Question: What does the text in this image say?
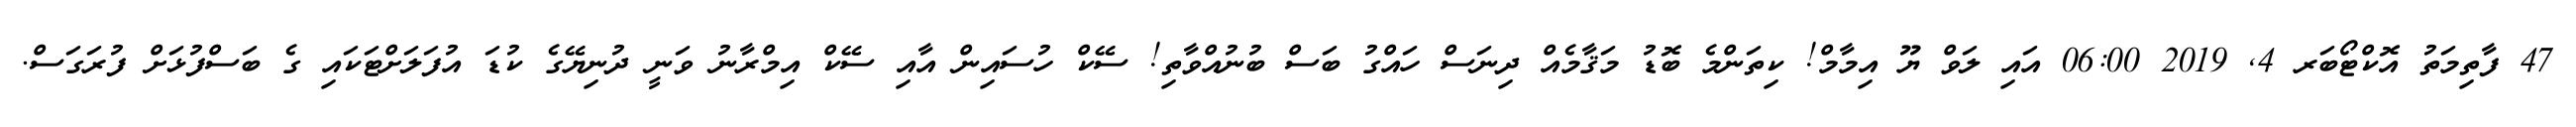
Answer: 47 ފާތިމަތު އޮކްޓޯބަރ 4, 2019 06:00 އައި ލަވް ޔޫ އިމާމް! ކިތަންމެ ބޮޑު މަޤާމެއް ދިނަސް ހައްގު ބަސް ބުނުއްވާތި! ސޭކް ހުސައިން އާއި ސޭކް އިމްރާނު ވަނީ ދުނިޔޭގެ ކުޑަ އުފަލަށްޓަކައި ގެ ބަސްފުޅަށް ފުރަގަސް.